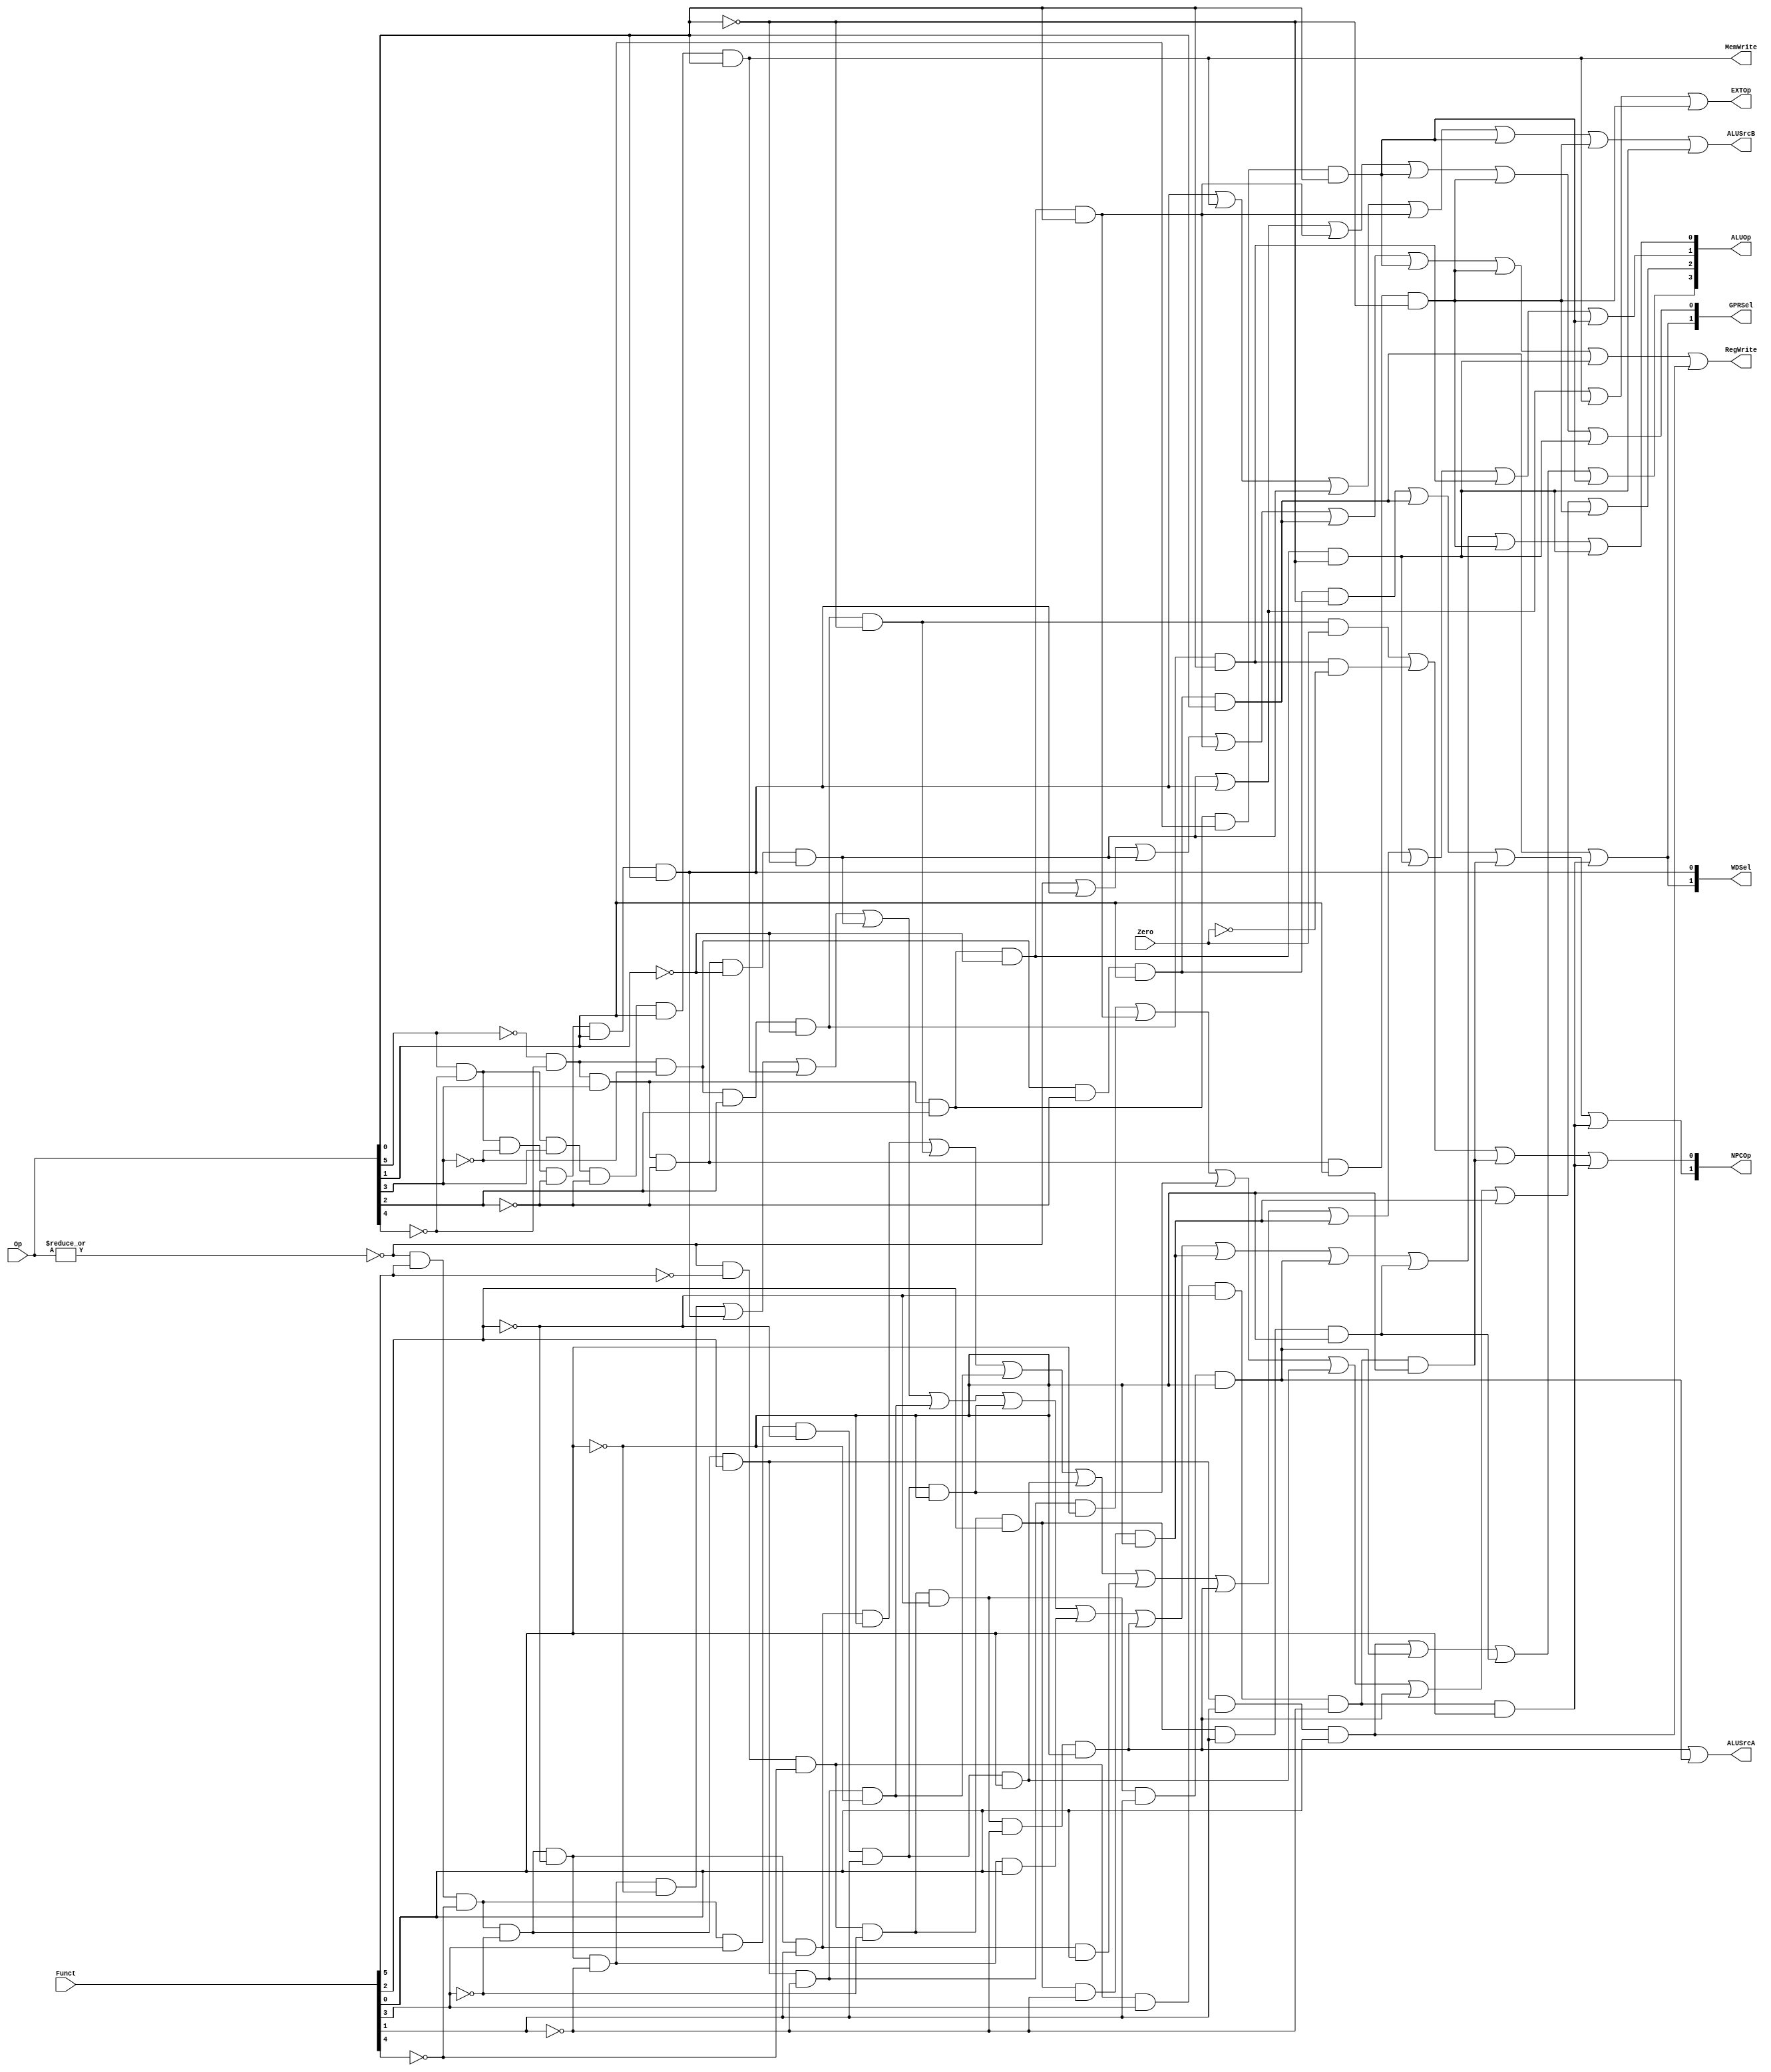
// `include "ctrl_encode_def.v"


module ctrl(Op, Funct, Zero, 
            RegWrite, MemWrite,
            EXTOp, ALUOp, NPCOp, 
            ALUSrcA, ALUSrcB, 
            GPRSel, WDSel
            );
            
   input  [5:0] Op;       // opcode
   input  [5:0] Funct;    // funct
   input        Zero;
   
   output       RegWrite; // control signal for register write
   output       MemWrite; // control signal for memory write
   output       EXTOp;    // control signal to signed extension
   output [3:0] ALUOp;    // ALU opertion
   output [1:0] NPCOp;    // next pc operation
   output       ALUSrcA;  // ALU source for A
   output       ALUSrcB;   // ALU source for B

   output [1:0] GPRSel;   // general purpose register selection
   output [1:0] WDSel;    // (register) write data selection
   
  // r format
   wire rtype  = ~|Op;
   wire i_add  = rtype& Funct[5]&~Funct[4]&~Funct[3]&~Funct[2]&~Funct[1]&~Funct[0]; // add
   wire i_sub  = rtype& Funct[5]&~Funct[4]&~Funct[3]&~Funct[2]& Funct[1]&~Funct[0]; // sub
   wire i_and  = rtype& Funct[5]&~Funct[4]&~Funct[3]& Funct[2]&~Funct[1]&~Funct[0]; // and
   wire i_or   = rtype& Funct[5]&~Funct[4]&~Funct[3]& Funct[2]&~Funct[1]& Funct[0]; // or
   wire i_slt  = rtype& Funct[5]&~Funct[4]& Funct[3]&~Funct[2]& Funct[1]&~Funct[0]; // slt
   wire i_sltu = rtype& Funct[5]&~Funct[4]& Funct[3]&~Funct[2]& Funct[1]& Funct[0]; // sltu
   wire i_addu = rtype& Funct[5]&~Funct[4]&~Funct[3]&~Funct[2]&~Funct[1]& Funct[0]; // addu
   wire i_subu = rtype& Funct[5]&~Funct[4]&~Funct[3]&~Funct[2]& Funct[1]& Funct[0]; // subu
   
   // modified begin: 
   wire i_sll   = rtype&~Funct[5]&~Funct[4]&~Funct[3]&~Funct[2]&~Funct[1]&~Funct[0]; // sll funct:000000
   wire i_nor   = rtype& Funct[5]&~Funct[4]&~Funct[3]& Funct[2]& Funct[1]&Funct[0]; // nor funct:100111
   wire i_srl   = rtype&~Funct[5]&~Funct[4]&~Funct[3]&~Funct[2]& Funct[1]&~Funct[0]; // nor funct:000010
   wire i_sllv  = rtype&~Funct[5]&~Funct[4]&~Funct[3]& Funct[2]&~Funct[1]&~Funct[0]; // sllv funct:000100
   wire i_srlv  = rtype&~Funct[5]&~Funct[4]&~Funct[3]& Funct[2]& Funct[1]&~Funct[0]; // srlv funct:000110
   wire i_jr    = rtype&~Funct[5]&~Funct[4]& Funct[3]&~Funct[2]&~Funct[1]&~Funct[0]; // jr funct:001000
   wire i_jalr  = rtype&~Funct[5]&~Funct[4]& Funct[3]&~Funct[2]&~Funct[1]& Funct[0]; // jalr funct:001001
   // modified end

  // i format
   wire i_addi = ~Op[5]&~Op[4]& Op[3]&~Op[2]&~Op[1]&~Op[0]; // addi
   wire i_ori  = ~Op[5]&~Op[4]& Op[3]& Op[2]&~Op[1]& Op[0]; // ori
   wire i_lw   =  Op[5]&~Op[4]&~Op[3]&~Op[2]& Op[1]& Op[0]; // lw
   wire i_sw   =  Op[5]&~Op[4]& Op[3]&~Op[2]& Op[1]& Op[0]; // sw
   wire i_beq  = ~Op[5]&~Op[4]&~Op[3]& Op[2]&~Op[1]&~Op[0]; // beq

   // modified begin: 
   wire i_lui   = ~Op[5]&~Op[4]& Op[3]& Op[2]& Op[1]& Op[0]; // lui op: 001111 
   wire i_slti  = ~Op[5]&~Op[4]& Op[3]&~Op[2]& Op[1]&~Op[0]; // slti op: 001010 1
   wire i_bne   = ~Op[5]&~Op[4]&~Op[3]& Op[2]&~Op[1]& Op[0]; // bne op: 000101 
   wire i_andi  = ~Op[5]&~Op[4]& Op[3]& Op[2]&~Op[1]&~Op[0]; // slti op: 001100 
   // modified end

  // j format
   wire i_j    = ~Op[5]&~Op[4]&~Op[3]&~Op[2]& Op[1]&~Op[0];  // j
   wire i_jal  = ~Op[5]&~Op[4]&~Op[3]&~Op[2]& Op[1]& Op[0];  // jal

  // generate control signals
  assign RegWrite   = rtype | i_lw | i_addi | i_ori | i_jal | i_lui | i_slti | i_andi | i_nor; // register write
  
  assign MemWrite   = i_sw;                           // memory write
  assign ALUSrcB    = i_lw | i_sw | i_addi | i_ori | i_lui | i_slti | i_andi ;   // ALU B is from instruction immediate
  assign ALUSrcA    = i_sll | i_srl;    // ALU A is from instruction[10:5](after zero extension)
  assign EXTOp      = i_addi | i_lw | i_sw | i_slti;           // signed extension

  // 
  // GPRSel_RD   2'b00
  // GPRSel_RT   2'b01
  // GPRSel_31   2'b10
  assign GPRSel[0] = i_lw | i_addi | i_ori | i_lui | i_slti | i_andi;
  assign GPRSel[1] = i_jal| i_jalr;
  
  // 
  // WDSel_FromALU 2'b00
  // WDSel_FromMEM 2'b01
  // WDSel_FromPCPLUS4  2'b10 
  // WDSel[1]   WDSel[0]  i_lw  i_jal
  //    1          0        0      1
  //    0          1        1      0
  assign WDSel[0] = i_lw;
  assign WDSel[1] = i_jal | i_jalr;

  // NPC
  // NPC_PLUS4   2'b00
  // NPC_BRANCH  2'b01
  // NPC_JUMP    2'b10
  // NPC_REG     2'b11
  assign NPCOp[0] = (i_beq & Zero) | (i_bne & ~Zero) | i_jr | i_jalr;
  assign NPCOp[1] = i_j | i_jal | i_jr | i_jalr;
  
  // ALU_NOP            4'b0000
  // ALU_ADD            4'b0001
  // ALU_SUB  ALU_BEQ   4'b0010
  // ALU_AND  ALU_ANDI  4'b0011
  // ALU_OR             4'b0100
  // ALU_SLT  ALU_SLTI  4'b0101
  // ALU_SLTU           4'b0110
  // ALU_SLL  ALU_SLLV  4'b0111
  // ALU_NOR            4'b1000
  // ALU_SRL  ALU_SRLV  4'b1001
  // ALU_LUI            4'b1010
  assign ALUOp[0] = i_add | i_lw  | i_sw  | i_addi | i_and  | i_slt | i_addu | i_sll | i_sllv | i_srl | i_srlv | i_slti | i_andi;
  assign ALUOp[1] = i_sub | i_beq | i_and | i_sltu | i_subu | i_sll | i_sllv | i_andi| i_bne  | i_lui;
  assign ALUOp[2] = i_or  | i_ori | i_slt | i_sltu | i_sll  | i_sllv| i_slti;
  assign ALUOp[3] = i_nor | i_srl | i_srlv| i_lui;

endmodule